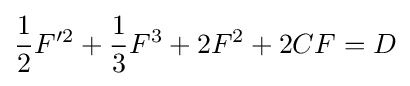
{\frac {1}{2}}F'^{2}+{\frac {1}{3}}F^{3}+2F^{2}+2CF=D